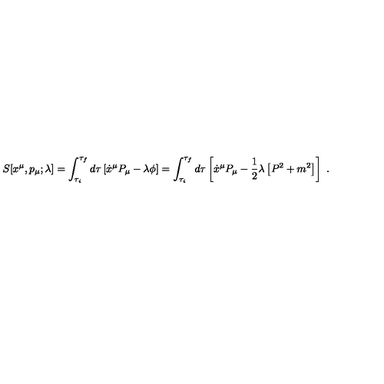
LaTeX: S [ x ^ { \mu } , p _ { \mu } ; \lambda ] = \int _ { \tau _ { i } } ^ { \tau _ { f } } d \tau \left[ \dot { x } ^ { \mu } P _ { \mu } - \lambda \phi \right] = \int _ { \tau _ { i } } ^ { \tau _ { f } } d \tau \left[ \dot { x } ^ { \mu } P _ { \mu } - \frac { 1 } { 2 } \lambda \left[ P ^ { 2 } + m ^ { 2 } \right] \right] \ .